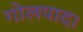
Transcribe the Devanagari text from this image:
गोलपाद।